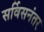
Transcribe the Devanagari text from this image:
सर्विसनंतर